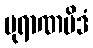
ပုရာဏမိဒံ